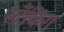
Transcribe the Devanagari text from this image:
स्टैंकिंग